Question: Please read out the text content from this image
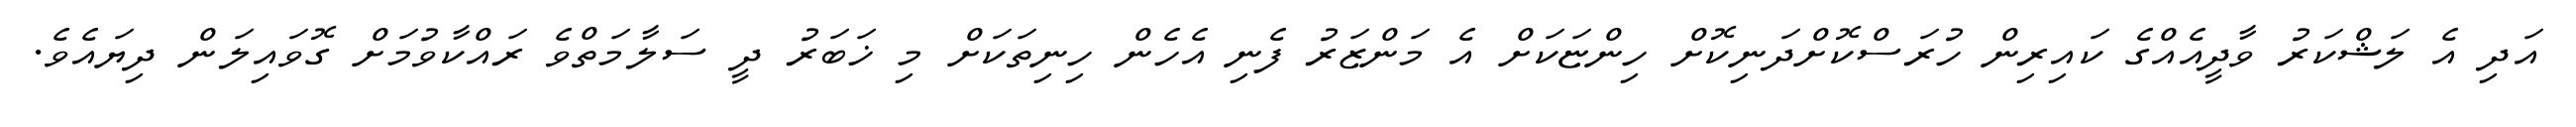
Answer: އަދި އެ ލަޝްކަރު ވާދީއެއްގެ ކައިރިން ހުރަސްކޮށްދަނިކޮށް ހިންޏަކަށް އެ މަންޒަރު ފެނި އެހެން ހިނިތަކަށް މި ޚަބަރު ދީ ސަލާމަތްވެ ރައްކާވުމަށް ގޮވައިލަން ދިޔައެވެ.